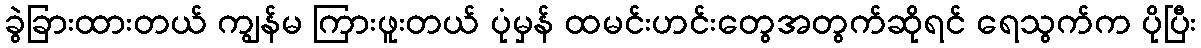
ခွဲခြားထားတယ် ကျွန်မ ကြားဖူးတယ် ပုံမှန် ထမင်းဟင်းတွေအတွက်ဆိုရင် ရေသွက်က ပိုပြီး